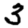
Digit: 3